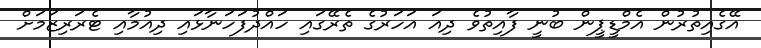
އޭގެއިތުރުން އެމްޑީޕީން ބުނީ ފާއިތުވެ ދިއަ އަހަރުގެ ތެރޭގައި ހައްދުފަހަނާޅައި ދިއުމާއި ޓެރަރިޒަމަށް